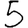
Digit: 5